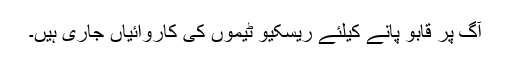
آگ پر قابو پانے کیلئے ریسکیو ٹیموں کی کاروائیاں جاری ہیں۔